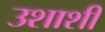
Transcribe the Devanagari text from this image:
उशाशी